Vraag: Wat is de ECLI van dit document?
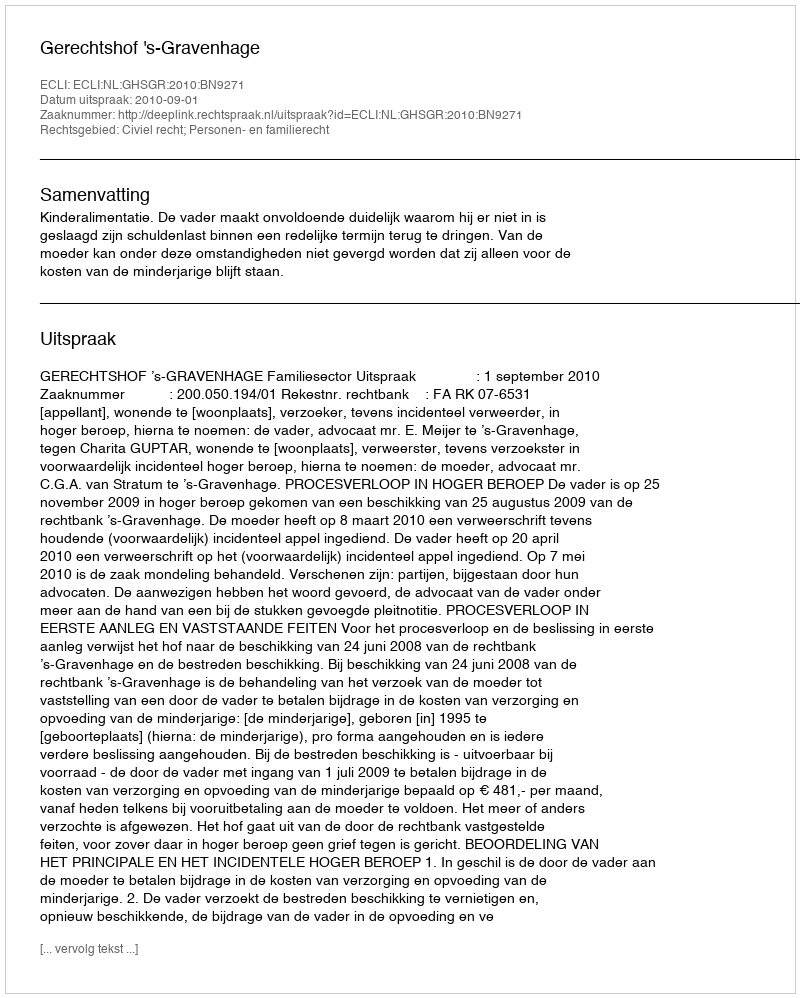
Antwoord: ECLI:NL:GHSGR:2010:BN9271